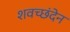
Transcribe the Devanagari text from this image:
शवच्छंदेन